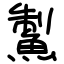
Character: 䱥